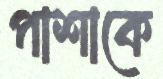
পাশাকে